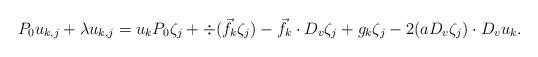
LaTeX: \begin{align*}P_0 u_{k,j} + \lambda u_{k,j}= u_k P_0 \zeta_j + \div ( \vec f_k \zeta_j) -\vec f_k \cdot D_v \zeta_j + g_k \zeta_j -2(aD_v \zeta_j)\cdot D_v u_k.\end{align*}